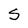
Character: S